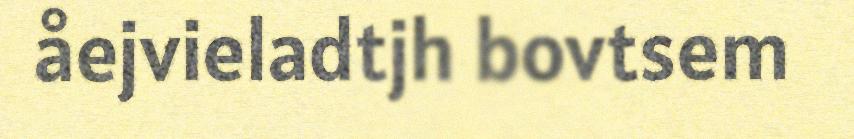
åejvieladtjh bovtsem